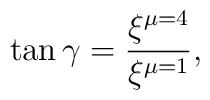
\tan \gamma = \frac{\xi^{\mu =4}}{\xi^{\mu =1}} ,